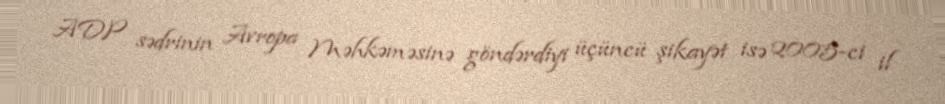
ADP sədrinin Avropa Məhkəməsinə göndərdiyi üçüncü şikayət isə 2005-ci il